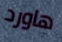
هاورد